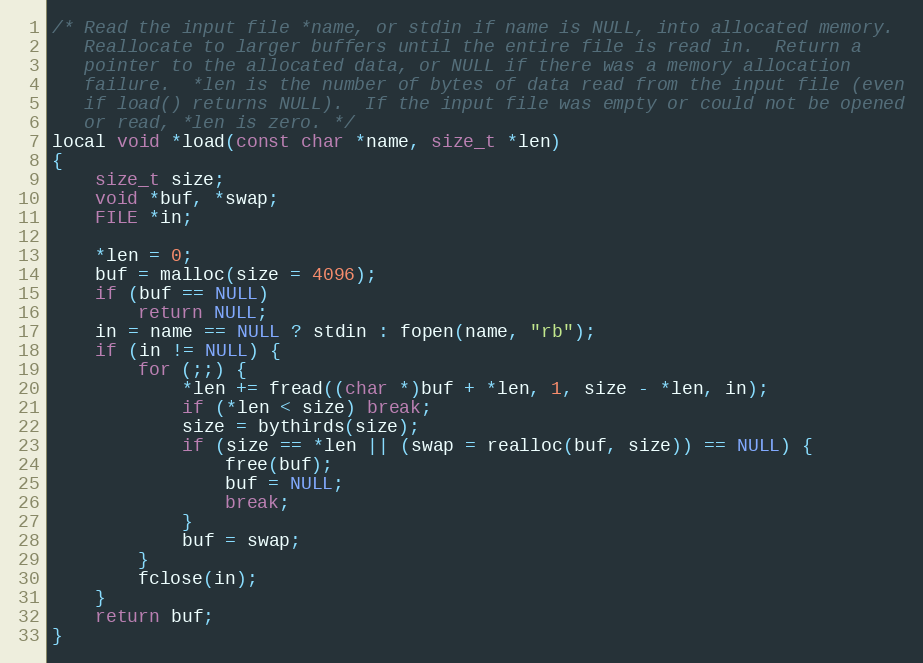
Language: C
/* Read the input file *name, or stdin if name is NULL, into allocated memory.
   Reallocate to larger buffers until the entire file is read in.  Return a
   pointer to the allocated data, or NULL if there was a memory allocation
   failure.  *len is the number of bytes of data read from the input file (even
   if load() returns NULL).  If the input file was empty or could not be opened
   or read, *len is zero. */
local void *load(const char *name, size_t *len)
{
    size_t size;
    void *buf, *swap;
    FILE *in;

    *len = 0;
    buf = malloc(size = 4096);
    if (buf == NULL)
        return NULL;
    in = name == NULL ? stdin : fopen(name, "rb");
    if (in != NULL) {
        for (;;) {
            *len += fread((char *)buf + *len, 1, size - *len, in);
            if (*len < size) break;
            size = bythirds(size);
            if (size == *len || (swap = realloc(buf, size)) == NULL) {
                free(buf);
                buf = NULL;
                break;
            }
            buf = swap;
        }
        fclose(in);
    }
    return buf;
}